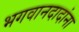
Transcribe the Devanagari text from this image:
भगवानदादांना